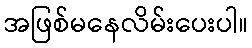
အဖြစ်မနေလိမ်းပေးပါ။